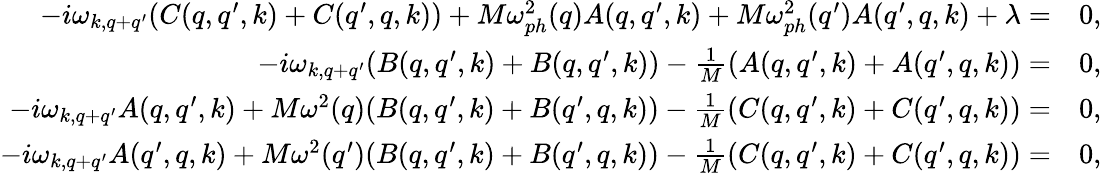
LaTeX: \begin{array}{rl}{-i\omega_{k,q+q^{\prime}}(C(q,q^{\prime},k)+C(q^{\prime},q,k))+M\omega_{ph}^{2}(q)A(q,q^{\prime},k)+M\omega_{ph}^{2}(q^{\prime})A(q^{\prime},q,k)+\lambda=}&{0,}\\ {-i\omega_{k,q+q^{\prime}}(B(q,q^{\prime},k)+B(q,q^{\prime},k))-\frac{1}{M}\left(A(q,q^{\prime},k)+A(q^{\prime},q,k)\right)=}&{0,}\\ {-i\omega_{k,q+q^{\prime}}A(q,q^{\prime},k)+M\omega^{2}(q)(B(q,q^{\prime},k)+B(q^{\prime},q,k))-\frac{1}{M}\left(C(q,q^{\prime},k)+C(q^{\prime},q,k)\right)=}&{0,}\\ {-i\omega_{k,q+q^{\prime}}A(q^{\prime},q,k)+M\omega^{2}(q^{\prime})(B(q,q^{\prime},k)+B(q^{\prime},q,k))-\frac{1}{M}\left(C(q,q^{\prime},k)+C(q^{\prime},q,k)\right)=}&{0,}\end{array}